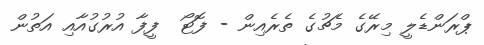
ޕްރަންޑެލީ މިރޭގެ މެޗުގެ ތެރެއިން - ފޮޓޯ  ފީފާ އުރުގުއާއި އަތުން